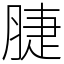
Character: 脻